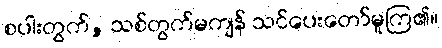
စပါးတွက်, သစ်တွက်မကျန် သင်ပေးတော်မူကြ၏။